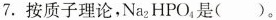
7. 按质子理论，Na_{2}HPO_{4}是()。